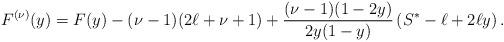
LaTeX: \begin{align*} F^{(\nu)}(y)=F(y)-(\nu-1)(2\ell+\nu+1)+\frac{(\nu-1)(1-2y)}{2y(1-y)}\left(S^*-\ell+2 \ell y\right). \end{align*}